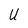
Character: U